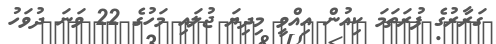
ގަރާރުގެ ފުރަތަމަ ކިއުން އިއްވީ މިދިޔަ ޖުލައި މަހުގެ 22 ވަނަ ދުވަހު